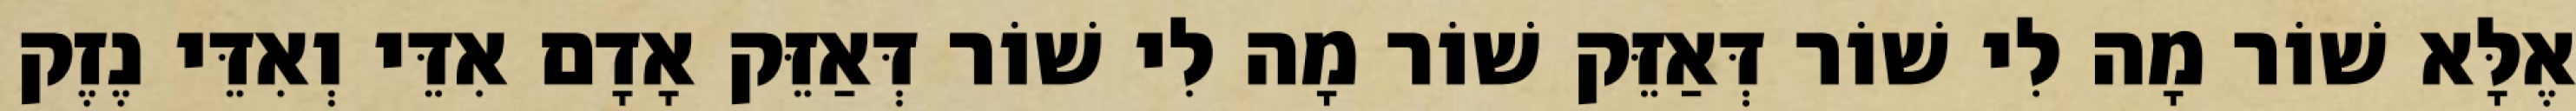
אֶלָּא שׁוֹר מָה לִי שׁוֹר דְּאַזֵּק שׁוֹר מָה לִי שׁוֹר דְּאַזֵּק אָדָם אִדֵּי וְאִדֵּי נֶזֶק